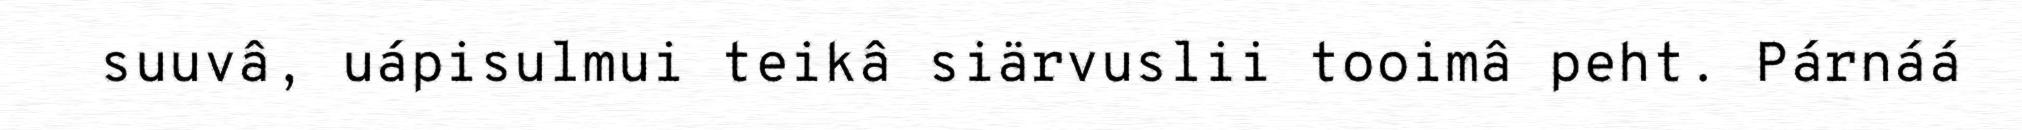
suuvâ, uápisulmui teikâ siärvuslii tooimâ peht. Párnáá